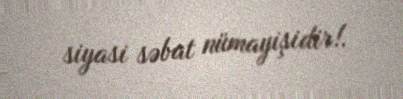
siyasi səbat nümayişidir!.